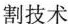
割技术